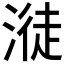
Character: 𣺺